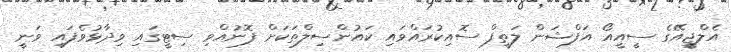
އެލްޖީއޭގެ ސީއީއޯ އަފްޝަން ލަތީފް ސޮއިކުރައްވައި ކައުންސިލްތަކަށް ފޮނުއްވި ސިޓީގައި ވިދާޅުވެފައި ވަނީ